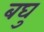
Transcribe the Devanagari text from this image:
बघु